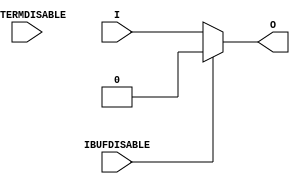
///////////////////////////////////////////////////////////////////////////////
// Copyright (c) 1995/2011 Xilinx, Inc.
// All Right Reserved.
///////////////////////////////////////////////////////////////////////////////
//   ____  ____
//  /   /\/   /
// /___/  \  /    Vendor : Xilinx
// \   \   \/     Version : 13.1
//  \   \         Description : Xilinx Formal Library Component
//  /   /                  Input Buffer
// /___/   /\     Filename : IBUF_INTERMDISABLE.v
// \   \  /  \    Timestamp : Wed Apr 20 17:49:56 PDT 2011
//  \___\/\___\
//
// Revision:
//    04/20/11 - Initial version.
// End Revision

`timescale  1 ps / 1 ps


module IBUF_INTERMDISABLE (O, I, IBUFDISABLE, INTERMDISABLE);

    parameter CAPACITANCE = "DONT_CARE";
    parameter IBUF_DELAY_VALUE = "0";
    parameter IBUF_LOW_PWR = "TRUE";
    parameter IFD_DELAY_VALUE = "AUTO";
    parameter IOSTANDARD = "DEFAULT";
    
    output O;

    input  I;
    input  IBUFDISABLE;
    input  INTERMDISABLE;

   assign O = (IBUFDISABLE == 0)? I : (IBUFDISABLE == 1)? 1'b0  : 1'b0;
endmodule